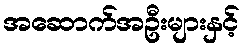
အဆောက်အဦးများနှင့်